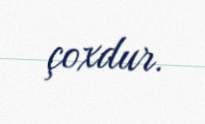
çoxdur.